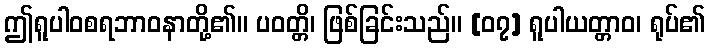
ဤရူပါဝစရဘာဝနာတို့၏။ ပဝတ္တိ၊ ဖြစ်ခြင်းသည်။ [၀၇] ရူပါယတ္တာဝ၊ ရုပ်၏